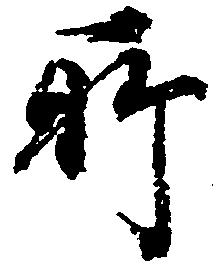
所